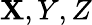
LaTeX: \mathbf{X},Y,Z